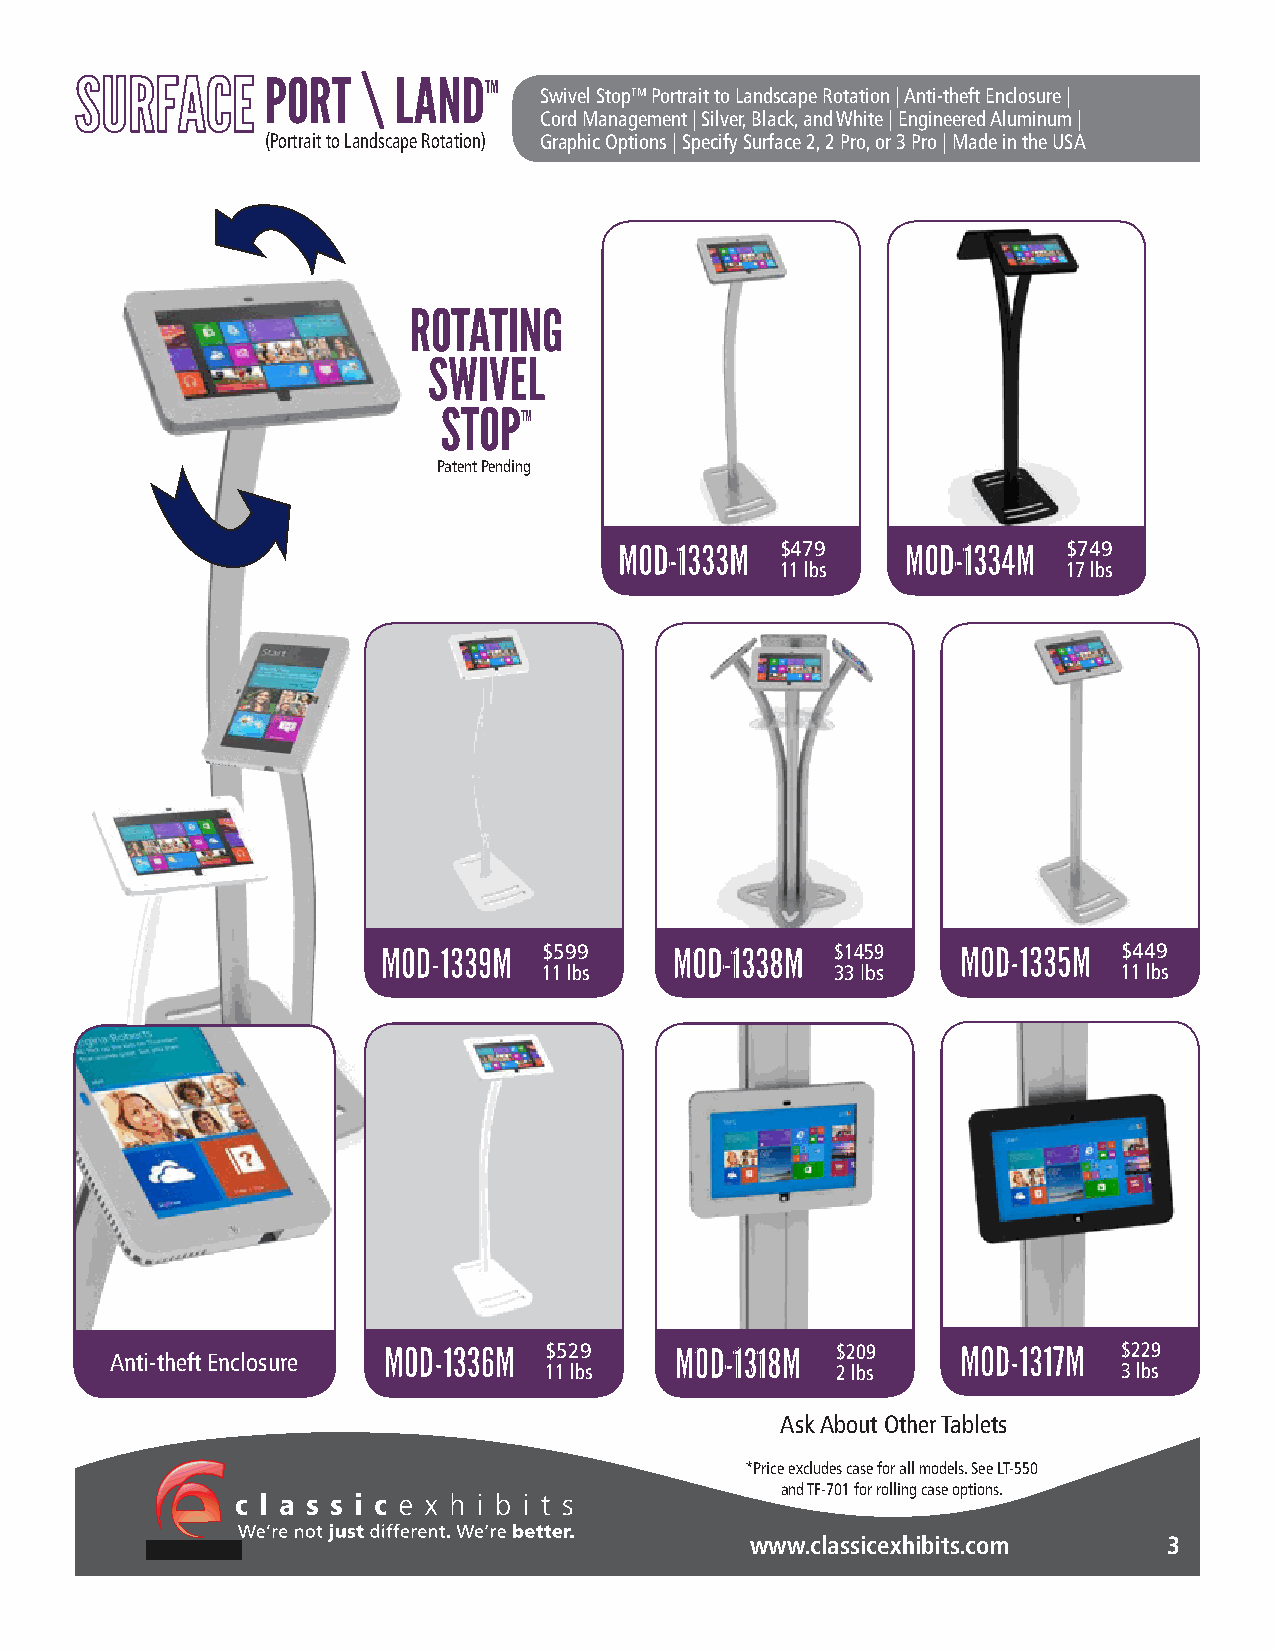
PORT  \ LANDTM
 Swivel StopTM Portrait to Landscape Rotation | Anti-theft Enclosure |
 Cord Management | Silver, Black, and White | Engineered Aluminum |
 (Portrait to Landscape Rotation) Graphic Options | Specify Surface 2, 2 Pro, or 3 Pro | Made in the USA
 ROTATING
 SWIVEL
 STOPTM
 Patent Pending
 MOD-1333M  $479    MOD-1334M  $749
 11 lbs             17 lbs
 MOD-1339M  $599     MOD-1338M $1459    MOD-1335M $449
 11 lbs             33 lbs             11 lbs
 Anti-theft Enclosure MOD-1336M $529   MOD-1318M $209     MOD-1317M $229
 11 lbs             2 lbs              3 lbs
 Ask About Other Tablets
 *Price excludes case for all models. See LT-550
 and TF-701 for rolling case options.
 www.classicexhibits.com    3